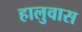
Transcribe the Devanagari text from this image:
हालुवास